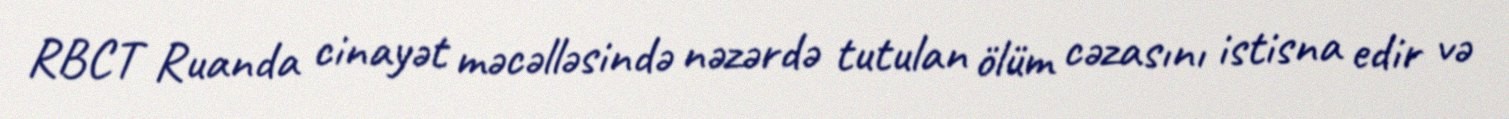
RBCT Ruanda cinayət məcəlləsində nəzərdə tutulan ölüm cəzasını istisna edir və